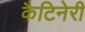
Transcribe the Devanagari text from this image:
कैटिनेरी